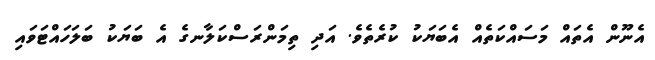
އެނޫން އެތައް މަސައްކަތެއް އެބަޔަކު ކުރެތެވެ. އަދި ތިމަންރަސްކަލާނގެ އެ ބަޔަކު ބަލަހައްޓަވައި